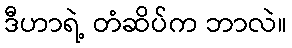
ဒီဟာရဲ့ တံဆိပ်က ဘာလဲ။